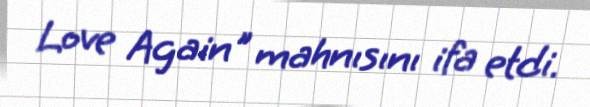
Love Again" mahnısını ifa etdi.